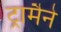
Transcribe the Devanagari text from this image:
ट्रामैने